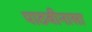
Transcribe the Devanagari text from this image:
पाठवीनासा